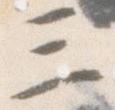
三